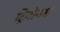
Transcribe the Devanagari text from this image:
ट्रिगोनस